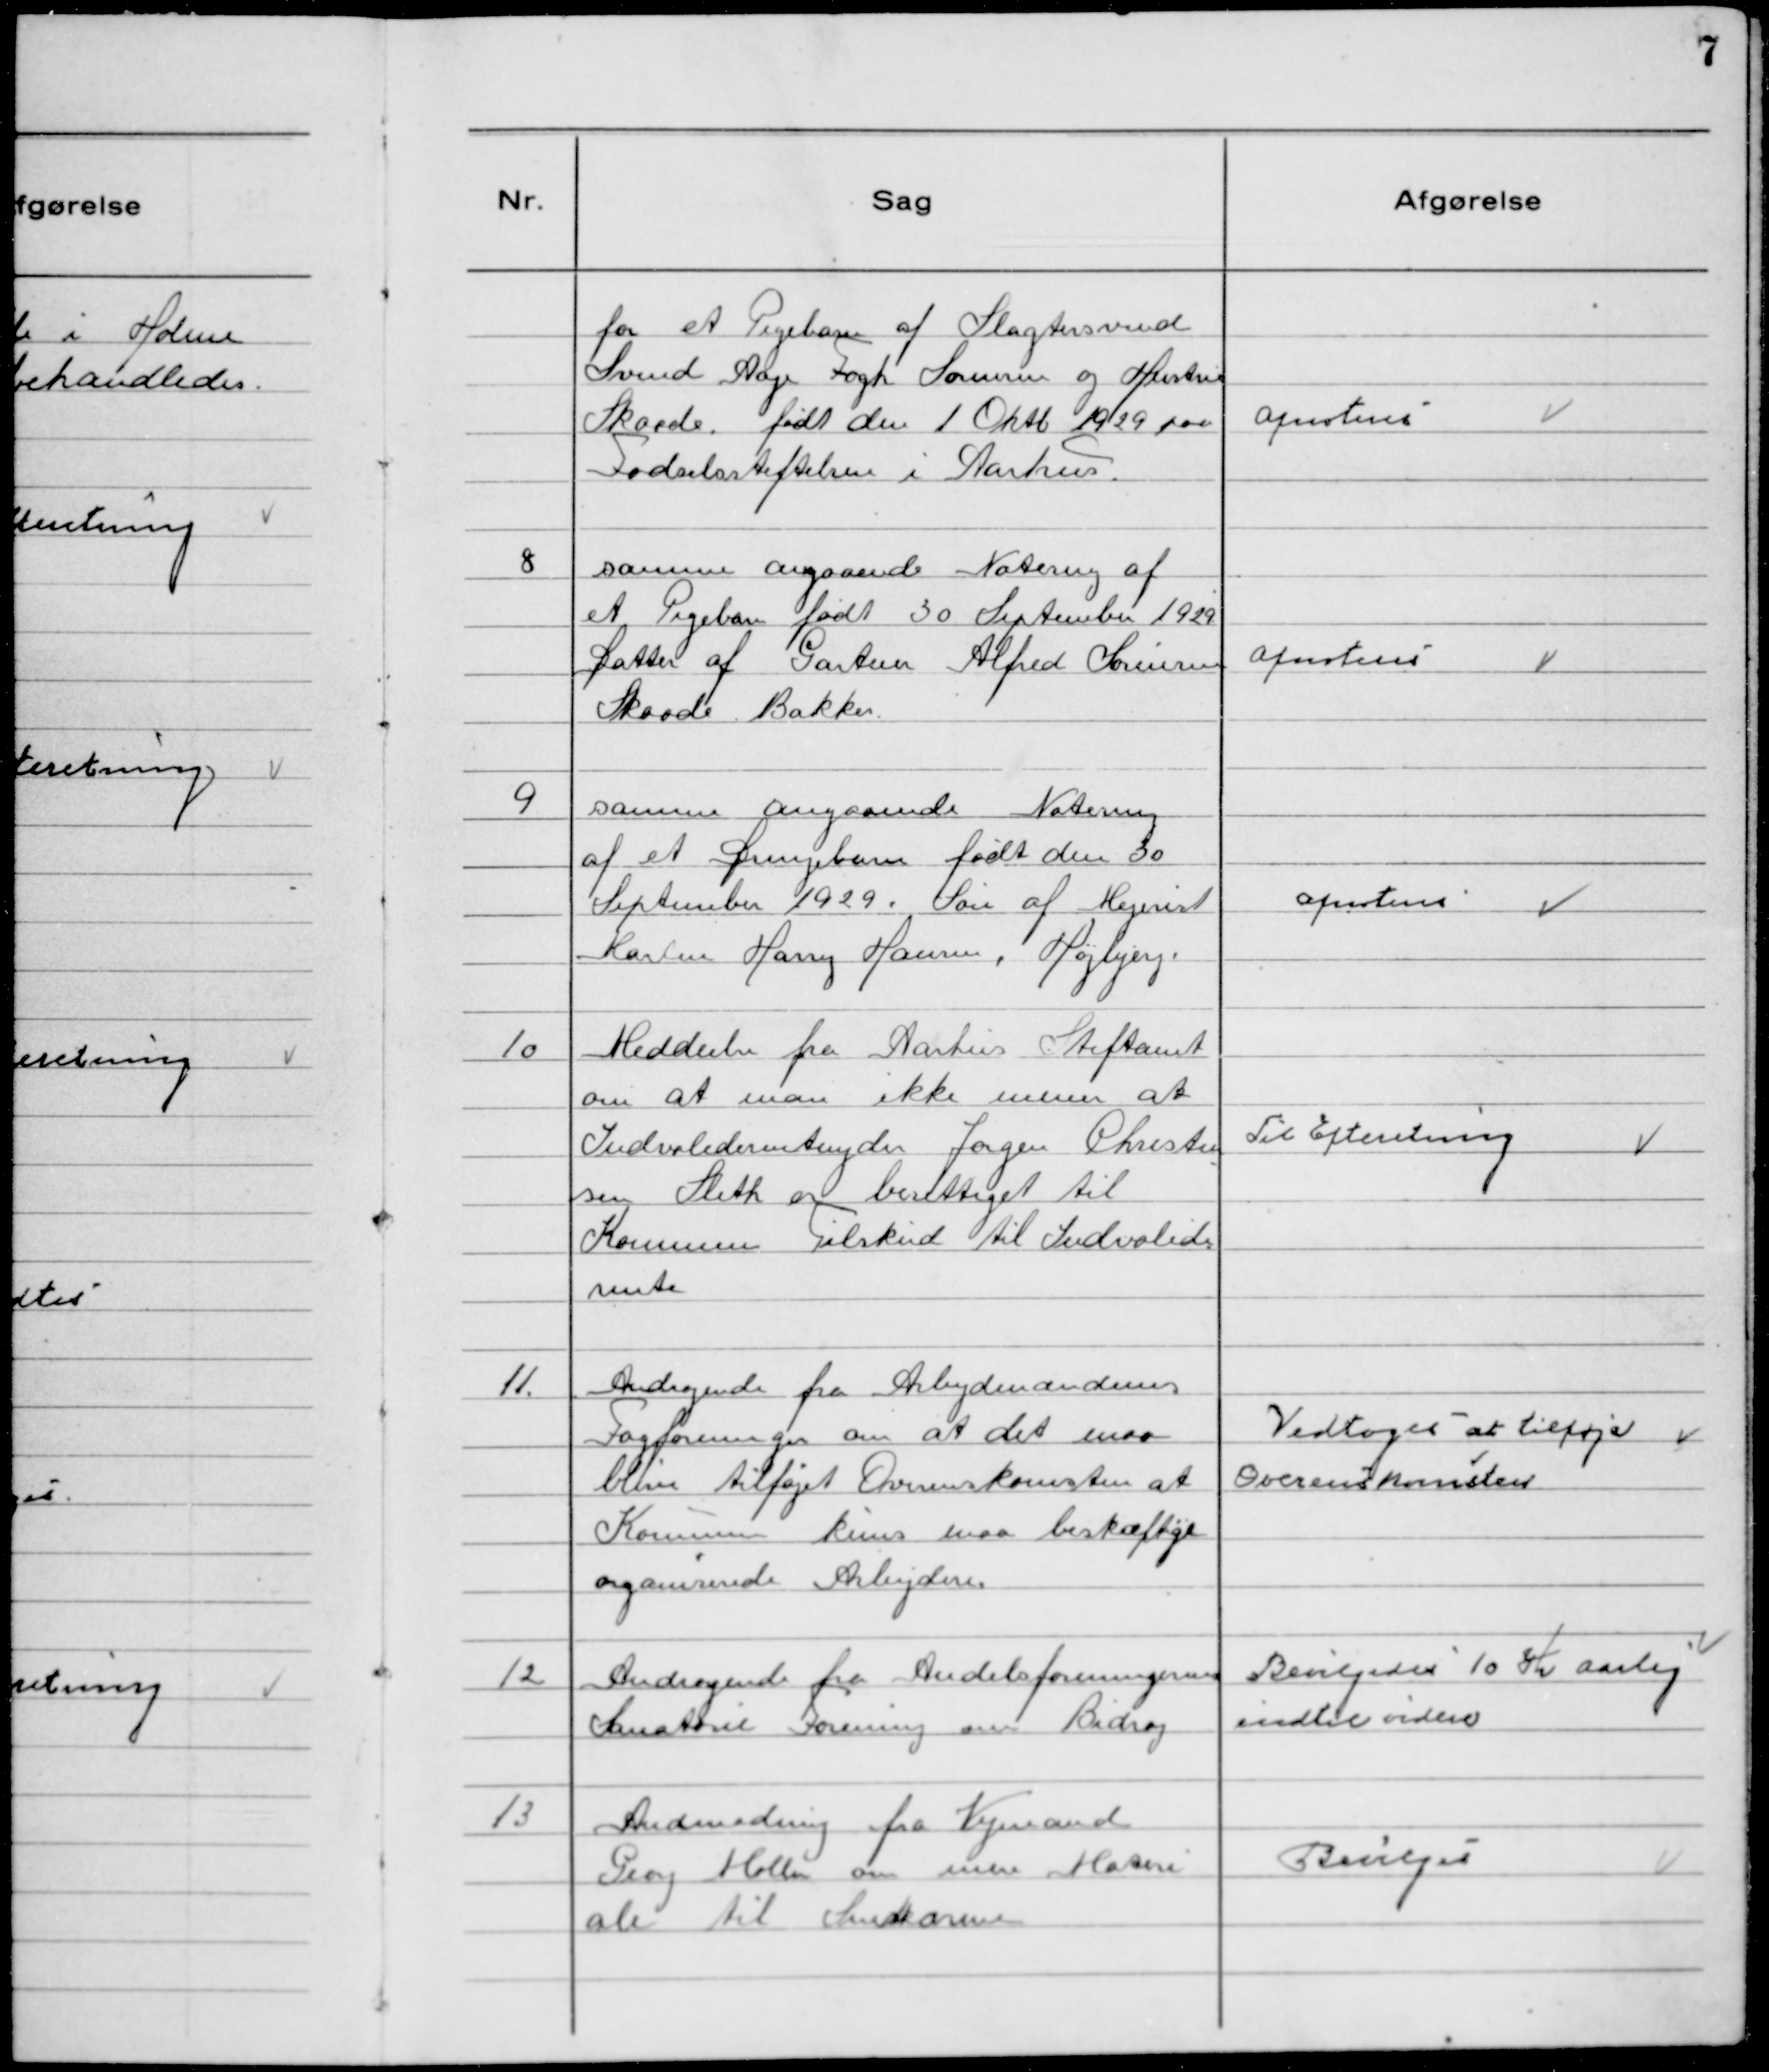
Transskription:
for et Pigebarn af Slagtersvend
Svend Aage Fogh Sorensen og Hustru
Skaade. født den 1 Oktb 1929 paa
Fodselsstiftelsen i Aarhus.

afnoteres

8 samme angaaende Notering af
et Pigebarn født 30 September 1929
Datter af Gartner Alfred Sørensen
Skaade Bakker.

afnoteres

9 samme angaaende Notering
af et Drengebarn født den 30
September 1929. Søn af Mejerist
Karsten Harry Hansen, Højbjerg.

afnoteres

10 Meddeelse fra Aarhus Stiftamt
om at man ikke mener at
Indvaliderentenyder Jørgen Christen
sen Sleth er berettiget til
Kommune Tilskud til Indvalide
rente

Til Efterretning

11. Andragende fra Arbejdsmændenes
Fagforeninger om at det maa
blive tilføjet Overenskomsten at
Kommunen kuns maa beskæftige
organiserede Arbejdere.

Vedtoges at tilføje
Overenskomsten

12 Andragende fra Andelsforeningernes
Sanatorie Forening om Bidrag

Bevilgedes 10 Kr aarlig
indtil videre

13 Anmodning fra Vejmand
Georg Moller om mere Materi
ale til Sandkaserne

Bevilges